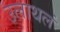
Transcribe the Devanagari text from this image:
उलाथलं